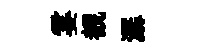
霎覩潺